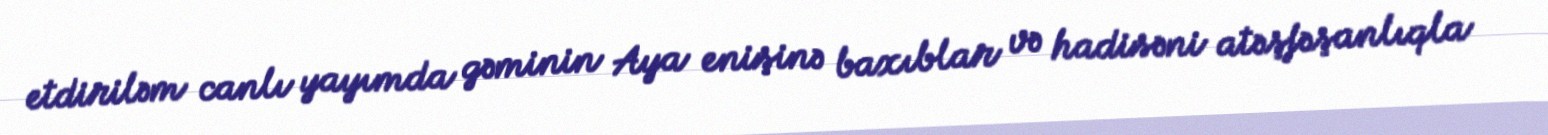
etdiriləm canlı yayımda gəminin Aya enişinə baxıblar və hadisəni atəşfəşanlıqla